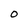
Character: o